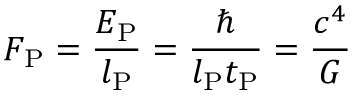
F _ { \mathrm { P } } = { \frac { E _ { \mathrm { P } } } { l _ { \mathrm { P } } } } = { \frac { \hbar } { l _ { \mathrm { P } } t _ { \mathrm { P } } } } = { \frac { c ^ { 4 } } { G } }